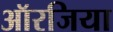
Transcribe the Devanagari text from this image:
ऑरजिया